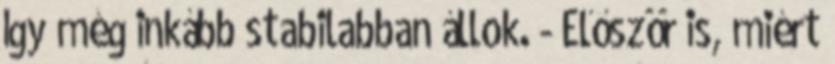
Így még inkább stabilabban állok. - Először is, miért